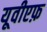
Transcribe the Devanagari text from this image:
यूवीएफ़